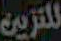
للتزين